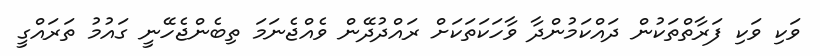
ވަކި ވަކި ފަރާތްތަކުން ދައްކަމުންދާ ވާހަކަތަކަށް ރައްދުދޭން ވެއްޖެނަމަ ތިބެންޖެހޭނީ ގައުމު ތަރައްގީ